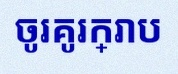
ចូរគូរក្រាប